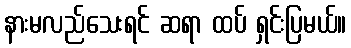
နားမလည်သေးရင် ဆရာ ထပ် ရှင်းပြမယ်။